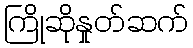
ကြိုဆိုနှုတ်ဆက်